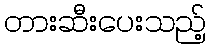
တားဆီးပေးသည့်